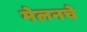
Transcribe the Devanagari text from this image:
मेलनचे